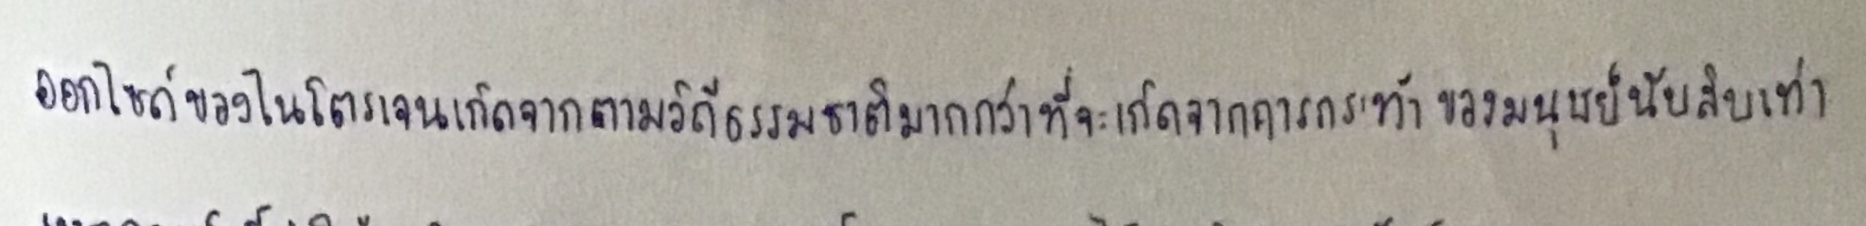
ออกไซด์ของไนโตรเจนเกิดจากตามวิถีธรรมชาติมากกว่าที่จะเกิดจากการกระทำของมนุษย์นับสิบเท่า